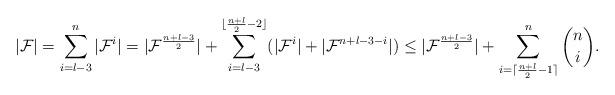
LaTeX: \begin{align*}|\mathcal{F}|=\sum_{i=l-3}^n |\mathcal{F}^i|= |\mathcal{F}^{\frac{n+l-3}{2}}|+\sum_{i=l-3}^{\lfloor\frac{n+l}{2}-2\rfloor} (|\mathcal{F}^i|+|\mathcal{F}^{n+l-3-i}|)\leq |\mathcal{F}^{\frac{n+l-3}{2}}|+\sum_{i=\lceil\frac{n+l}{2}-1\rceil}^n {n \choose i}.\end{align*}